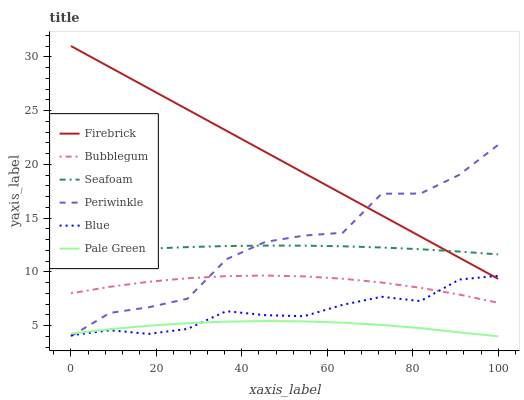
| xaxis_label | Firebrick | Bubblegum | Seafoam | Periwinkle | Blue | Pale Green |
 | --- | --- | --- | --- | --- | --- | --- |
 | 0 | 31 | 7.99 | 11.7 | 4 | 4.09 | 4.24 |
 | 9.09 | 29 | 8.6 | 11.9 | 6.17 | 4.56 | 4.66 |
 | 18.2 | 27.1 | 9.07 | 12.1 | 6.69 | 4.22 | 4.98 |
 | 27.3 | 25.1 | 9.4 | 12.3 | 7.49 | 4.68 | 5.22 |
 | 36.4 | 23.1 | 9.59 | 12.4 | 11.2 | 6.33 | 5.36 |
 | 45.5 | 21.2 | 9.65 | 12.4 | 12.8 | 5.96 | 5.42 |
 | 54.5 | 19.2 | 9.57 | 12.4 | 13.4 | 5.86 | 5.39 |
 | 63.6 | 17.2 | 9.35 | 12.4 | 13.6 | 6.92 | 5.26 |
 | 72.7 | 15.2 | 9 | 12.3 | 17.3 | 7.67 | 5.05 |
 | 81.8 | 13.3 | 8.51 | 12.1 | 17.3 | 7.27 | 4.75 |
 | 90.9 | 11.3 | 7.88 | 11.9 | 19 | 9.28 | 4.36 |
 | 100 | 9.34 | 7.11 | 11.6 | 21.8 | 9.62 | 4 |